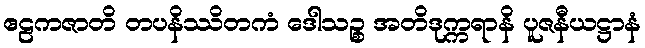
ဧဠကဇာတိ တပနိဿိတကံ ဒေါသဉ္စ အတိဒုက္ကရာနိ ပူဇနီယဋ္ဌာနံ